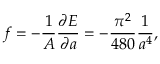
f = - { \frac { 1 } { A } } { \frac { \partial { \cal E } } { \partial a } } = - { \frac { \pi ^ { 2 } } { 4 8 0 } } { \frac { 1 } { a ^ { 4 } } } ,